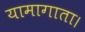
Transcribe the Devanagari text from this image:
यामागाता।